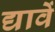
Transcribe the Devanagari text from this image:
द्यावें